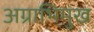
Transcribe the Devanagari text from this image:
अग्राभिमुख